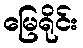
မြေရိုင်း